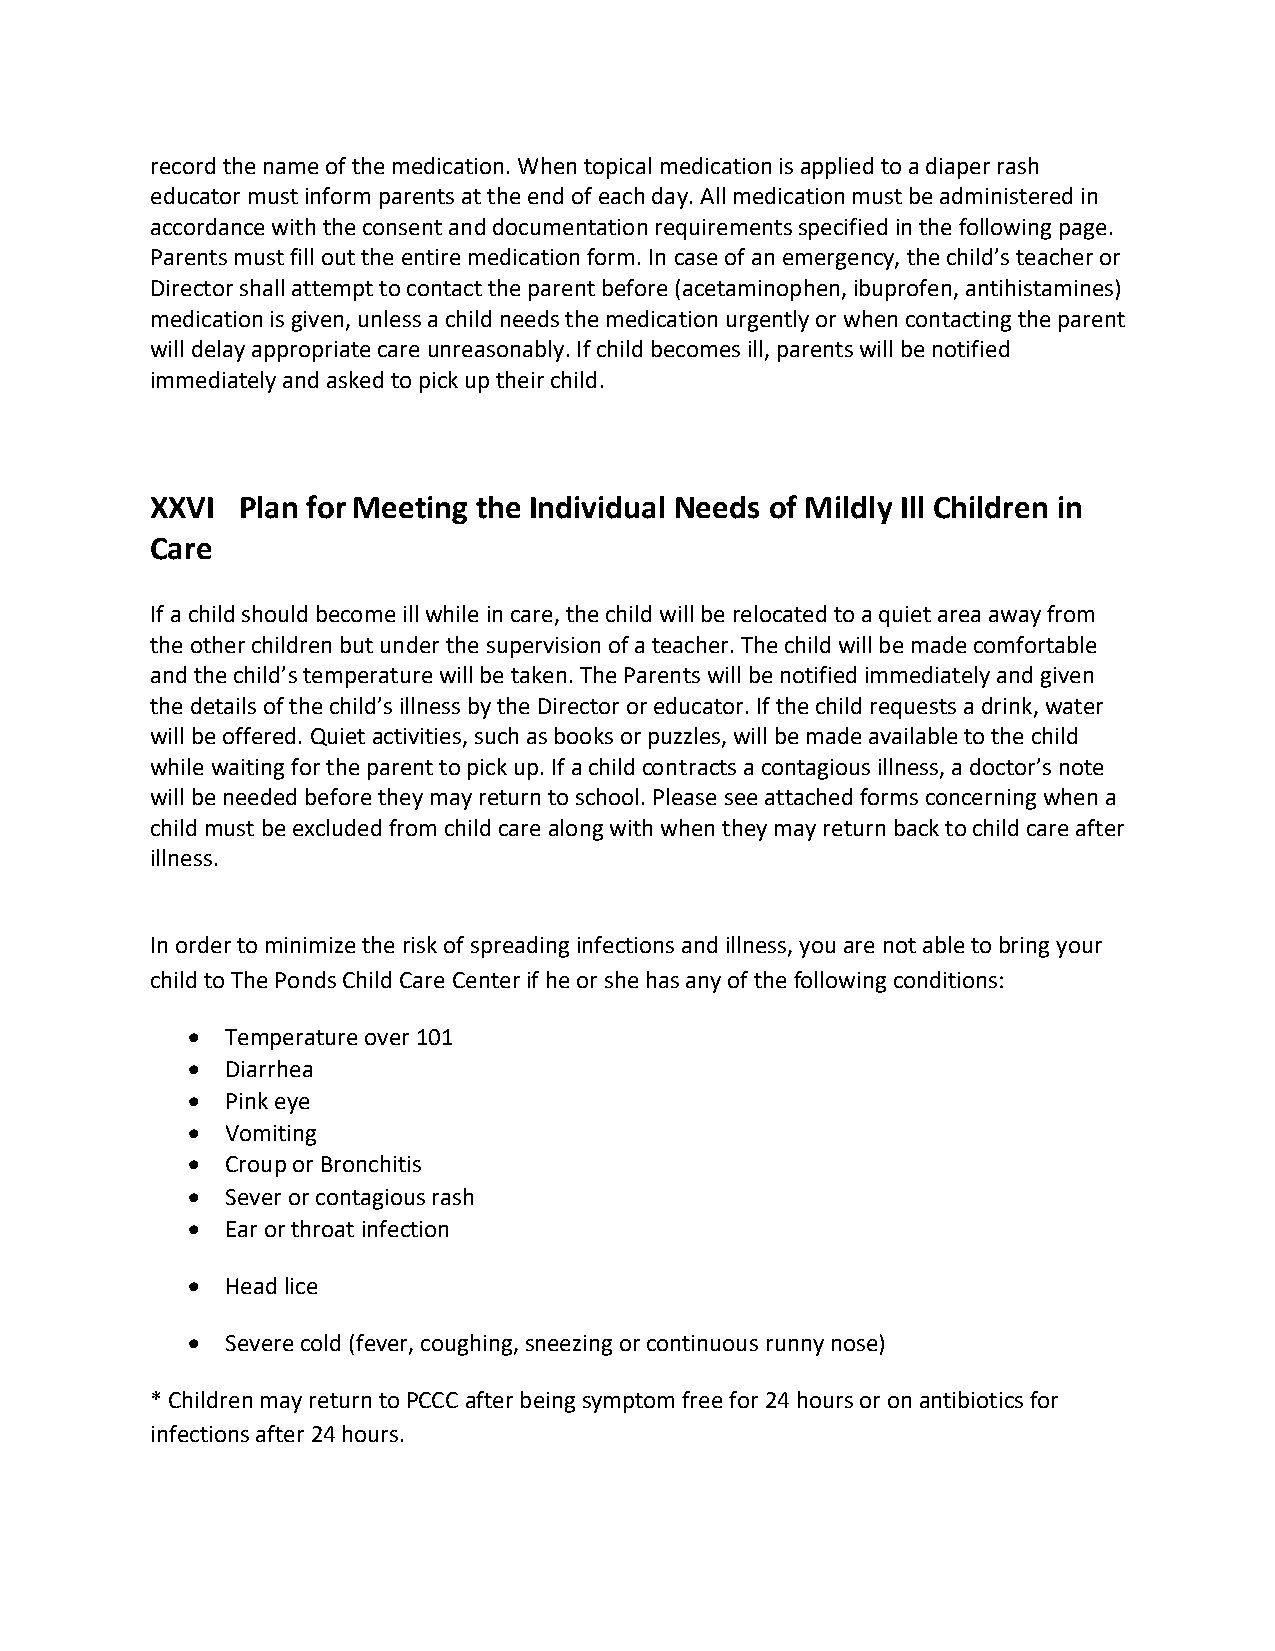
record the name of the medication. When topical medication is applied to a diaper rash
 educator must inform parents at the end of each day. All medication must be administered in
 accordance with the consent and documentation requirements specified in the following page.
 Parents must fill out the entire medication form. In case of an emergency, the child’s teacher or
 Director shall attempt to contact the parent before (acetaminophen, ibuprofen, antihistamines)
 medication is given, unless a child needs the medication urgently or when contacting the parent
 will delay appropriate care unreasonably. If child becomes ill, parents will be notified
 immediately and asked to pick up their child.
 XXVI  Plan for Meeting the Individual Needs of Mildly Ill Children in
 Care
 If a child should become ill while in care, the child will be relocated to a quiet area away from
 the other children but under the supervision of a teacher. The child will be made comfortable
 and the child’s temperature will be taken. The Parents will be notified immediately and given
 the details of the child’s illness by the Director or educator. If the child requests a drink, water
 will be offered. Quiet activities, such as books or puzzles, will be made available to the child
 while waiting for the parent to pick up. If a child contracts a contagious illness, a doctor’s note
 will be needed before they may return to school. Please see attached forms concerning when a
 child must be excluded from child care along with when they may return back to child care after
 illness.
 In order to minimize the risk of spreading infections and illness, you are not able to bring your
 child to The Ponds Child Care Center if he or she has any of the following conditions:
 •  Temperature over 101
 •  Diarrhea
 •  Pink eye
 •  Vomiting
 •  Croup or Bronchitis
 •  Sever or contagious rash
 •  Ear or throat infection
 •  Head lice
 •  Severe cold (fever, coughing, sneezing or continuous runny nose)
 * Children may return to PCCC after being symptom free for 24 hours or on antibiotics for
 infections after 24 hours.